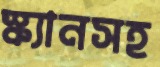
স্ক্যানসহ